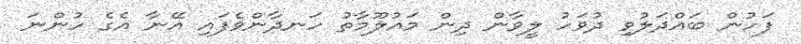
ފަހުން ބައްދަލުވި ދުވަހު ލީވާން ދިން މައުލޫމާތު ހަނދާންވެފައި އޭނާ އެގެ ހުންނަ